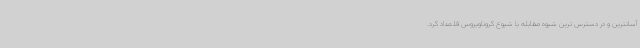
آسانترین و در دسترس ترین شیوه مقابله با شیوع کروناویروس قلمداد کرد.